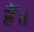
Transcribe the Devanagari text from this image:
हैँ॥